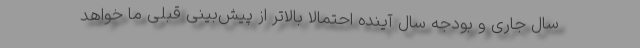
سال جاری و بودجه سال آینده احتمالا بالاتر از پیش‌بینی قبلی ما خواهد